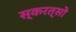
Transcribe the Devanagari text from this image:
स्करत्सो